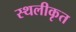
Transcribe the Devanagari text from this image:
स्थलीकृत